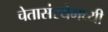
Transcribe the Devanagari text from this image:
चेतासंस्थेमध्यी